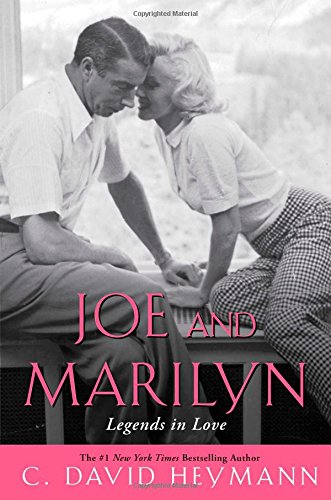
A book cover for Joe and Marilyn: Legends in Love; C. David Heymann; Biographies & Memoirs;